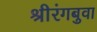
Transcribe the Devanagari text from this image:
श्रीरंगबुवा